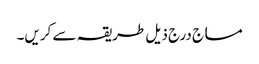
مساج درج ذیل طریقہ سے کریں۔